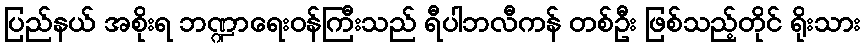
ပြည်နယ် အစိုးရ ဘဏ္ဍာရေးဝန်ကြီးသည် ရီပါဘလီကန် တစ်ဦး ဖြစ်သည့်တိုင် ရိုးသား